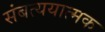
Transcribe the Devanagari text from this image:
संबत्ययात्मक